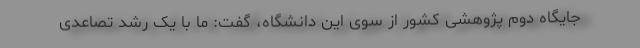
جایگاه دوم پژوهشی کشور از سوی این دانشگاه، گفت: ما با یک رشد تصاعدی